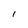
Character: l